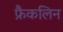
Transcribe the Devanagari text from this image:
फ्रैकलिन